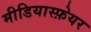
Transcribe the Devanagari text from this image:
मीडियास्फ़ेयर